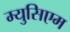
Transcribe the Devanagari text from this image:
म्युसिएम